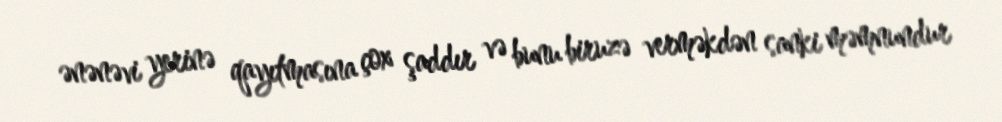
ənənəvi yerinə qayıtmasına çox şaddır və bunu biruzə verməkdən sanki məmnundur